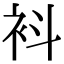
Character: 𧘞